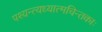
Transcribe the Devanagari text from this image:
पश्यन्त्यध्यात्मचिन्तकाः